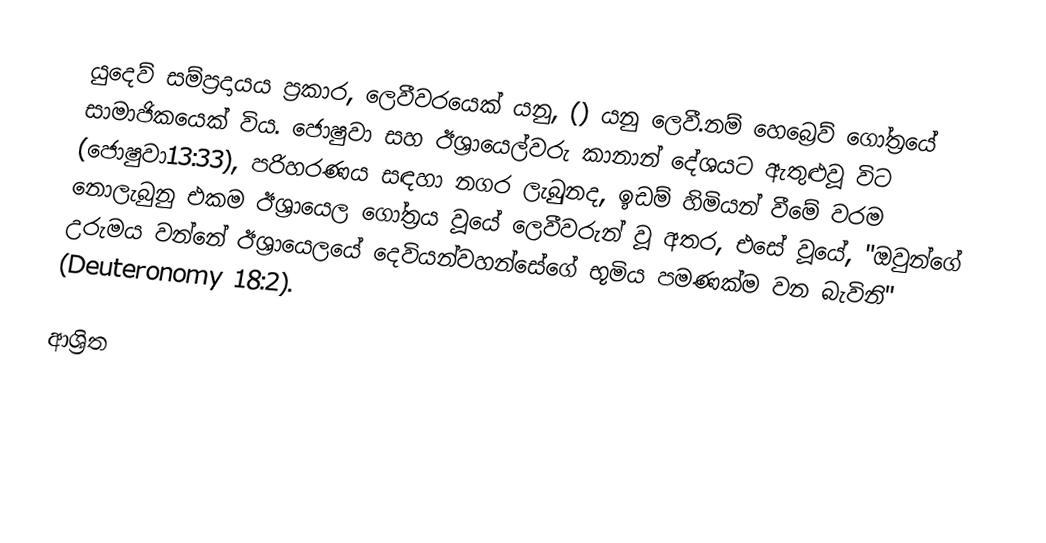
යුදෙව් සම්ප්‍රදායය ප්‍රකාර, ලෙවීවරයෙක් යනු,  () යනු ලෙවී.නම් හෙබ්‍රෙව් ගෝත්‍රයේ සාමාජිකයෙක් විය. ජොෂුවා සහ ඊශ්‍රායෙල්වරු කානාන් දේශයට ඇතුළුවූ විට (ජොෂුවා13:33), පරිහරණය සඳහා නගර ලැබුුනද, ඉඩම් හිමියන් වීමේ වරම නොලැබුනු එකම ඊශ්‍රායෙල ගෝත්‍රය වූයේ ලෙවීවරුන් වූ අතර, එසේ වූයේ,  "ඔවුන්ගේ උරුමය වන්නේ ඊශ්‍රායෙලයේ දෙවියන්වහන්සේගේ භූමිය පමණක්ම වන බැවිනි" (Deuteronomy 18:2).

ආශ්‍රිත